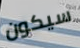
سيكون